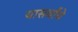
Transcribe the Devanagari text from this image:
यासर्वांचे